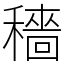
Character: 穡